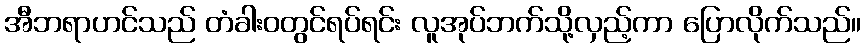
အီဘရာဟင်သည် တံခါးဝတွင်ရပ်ရင်း လူအုပ်ဘက်သို့လှည့်ကာ ပြောလိုက်သည်။